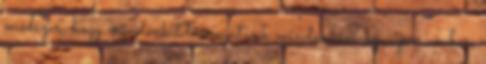
módszer, hogy mindenkit támogatunk mindenben, az a pár ember,